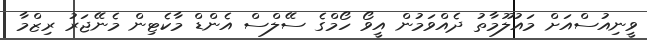
ވީނިއުސްއަށް މައުލޫމާތު ދެއްވަމުން އީވޯ ހޯމްގެ ސޭލްސް އެންޑް މާކެޓިން މެނޭޖަރު ރިޒްމާ